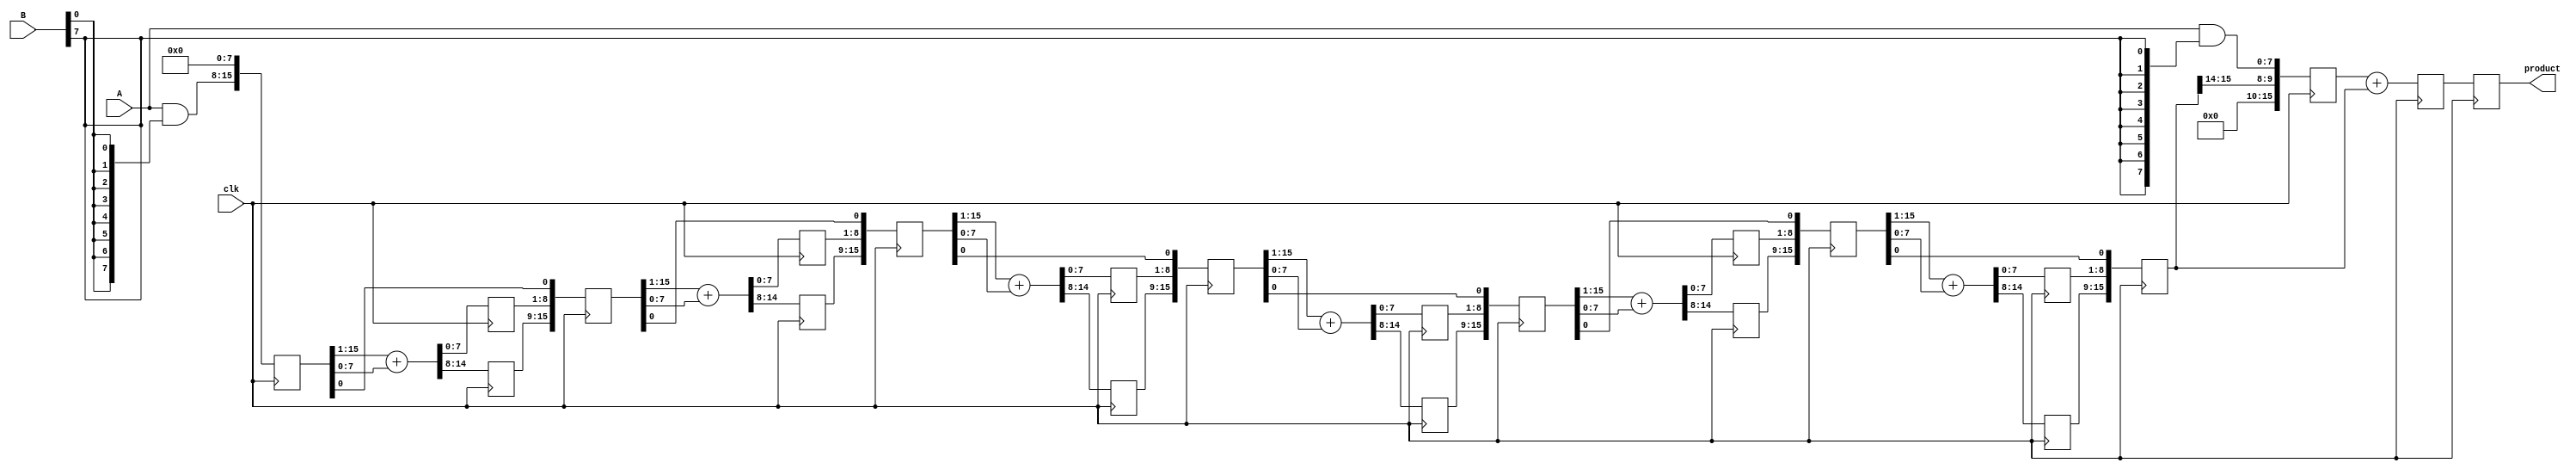
module PipelinedWallaceTreeMultiplier #(parameter N = 8) (
    input clk,
    input [N-1:0] A,
    input [N-1:0] B,
    output reg [2*N-1:0] product
);

    // Internal signals
    wire [N-1:0] partial_products [0:N-1]; // Partial products array
    wire [N-1:0] sum [0:N]; // Sums at each stage
    wire [N-1:0] carry [0:N]; // Carries at each stage
    reg [2*N-1:0] stage [0:N-1]; // Pipeline stages
    reg [2*N-1:0] temp_product; // Temporary product storage

    // Generate partial products
    genvar i;
    generate
        for (i = 0; i < N; i = i + 1) begin : gen_partial_products
            assign partial_products[i] = A & {N{B[i]}}; // AND operation for partial product
        end
    endgenerate

    // Wallace Tree Reduction Stages
    integer k;
    always @(posedge clk) begin
        stage[0] <= {partial_products[0], {N{1'b0}}}; // Initialize stage 0 with first partial product
        for (k = 1; k < N; k = k + 1) begin
            stage[k] <= {stage[k-1][2*N-1:(N+(k-1))], partial_products[k]};
        end
        
        // Pipelining the reduction process
        for (k = 0; k < N-2; k = k + 1) begin
            {carry[k], sum[k]} <= stage[k][2*N-1:1] + stage[k][N-1:0]; // Sum and carry generation
            stage[k+1] <= {carry[k], sum[k], stage[k][0]}; // Pipeline the carry and sum to the next stage
        end
        
        // Final addition of last two rows
        temp_product <= stage[N-1][2*N-1:0] + stage[N-2][2*N-1:0];
        
        // Store the final result in the product output
        product <= temp_product;
    end

endmodule